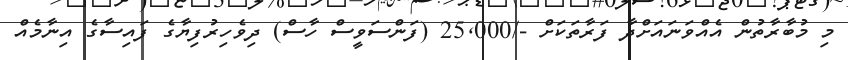
މި މުބާރާތުން އެއްވަނައަށްދާ ފަރާތަކަށް -/25